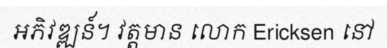
អភិវឌ្ឍន៍។ វត្តមាន លោក Ericksen នៅ